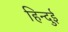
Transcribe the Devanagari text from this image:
हिन्दुई